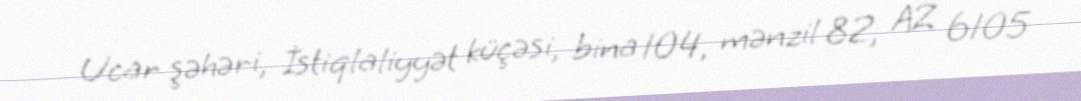
Ucar şəhəri, İstiqlaliyyət küçəsi, bina 104, mənzil 82, AZ 6105